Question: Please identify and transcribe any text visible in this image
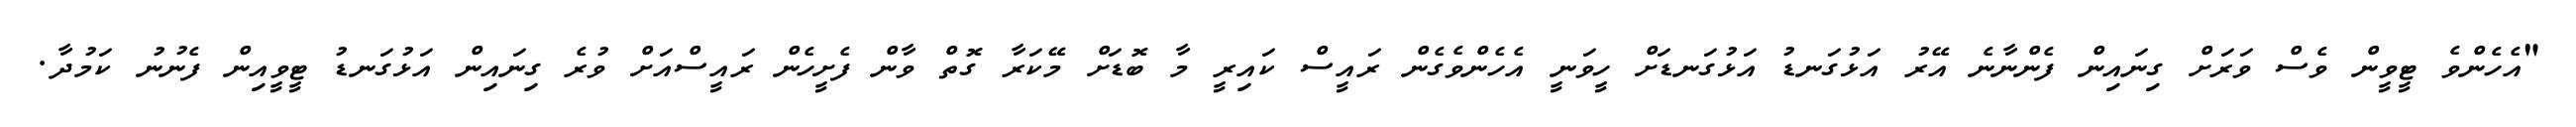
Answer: "އެހެންވެ ޓީވީން ވެސް ވަރަށް ގިނައިން ފެންނާނެ އޭރު އަޅުގަނޑު އަޅުގަނޑަށް ހީވަނީ އެހެންވެގެން ރައީސް ކައިރީ މާ ބޮޑަށް މޭކަރާ ގޮތް ވާން ފެށީހެން ރައީސްއަށް ވުރެ ގިނައިން އަޅުގަނޑު ޓީވީއިން ފެނުނު ކަމުދާ.